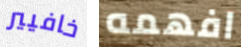
خافيير افهمه